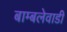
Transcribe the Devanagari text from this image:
बाम्बलेवाडी